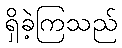
ရှိခဲ့ကြသည်